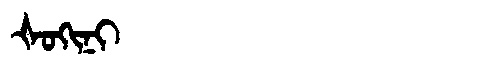
Manchu: ᡧᠣᡴᡳᠨᡳ
Romanization: ŠOKINI